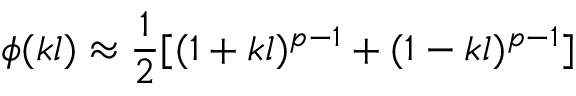
\phi ( k l ) \approx \frac { 1 } { 2 } [ ( 1 + k l ) ^ { p - 1 } + ( 1 - k l ) ^ { p - 1 } ]